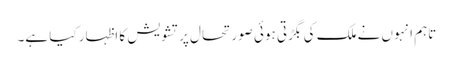
تاہم انہوں نے ملک کی بگڑتی ہوئی صورتحال پر تشویش کا اظہار کیا ہے۔